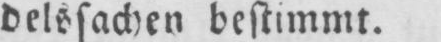
delssachen bestimmt.